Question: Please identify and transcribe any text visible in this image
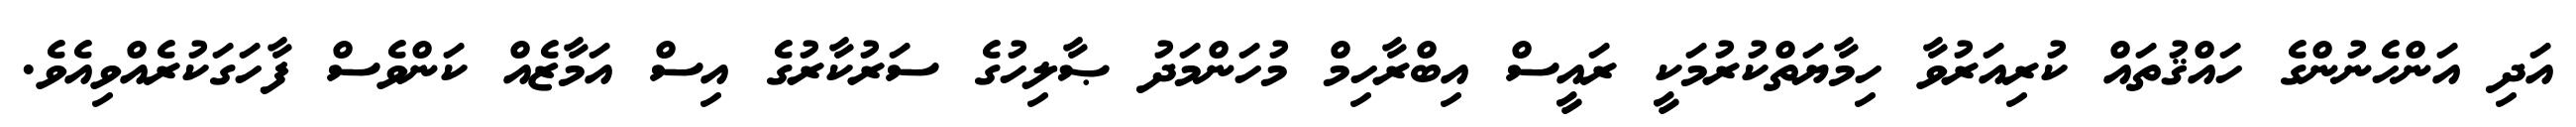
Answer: އަދި އަންހެނުންގެ ހައްޤުތައް ކުރިއަރުވާ ހިމާޔަތްކުރުމަކީ ރައީސް އިބްރާހިމް މުހަންމަދު ޞާލިހުގެ ސަރުކާރުގެ އިސް އަމާޒެއް ކަންވެސް ފާހަގަކުރެއްވިއެވެ.